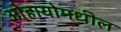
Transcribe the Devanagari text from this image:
ओहायोमधील